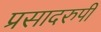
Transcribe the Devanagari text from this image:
प्रसादरुपी